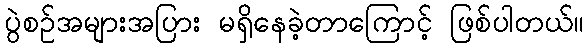
ပွဲစဉ်အများအပြား မရှိနေခဲ့တာကြောင့် ဖြစ်ပါတယ်။